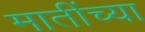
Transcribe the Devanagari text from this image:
मातींच्या